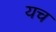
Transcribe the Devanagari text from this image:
यच